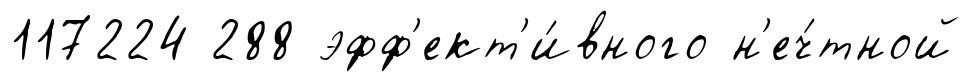
117224 288 эфф'ект'и́вного н'еч́тной